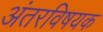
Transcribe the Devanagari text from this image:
अंतरविषयक